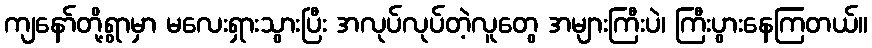
ကျနော်တို့ရွာမှာ မလေးရှားသွားပြီး အလုပ်လုပ်တဲ့လူတွေ အများကြီးပဲ၊ ကြီးပွားနေကြတယ်။